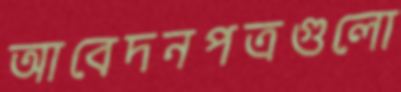
আবেদনপত্রগুলো